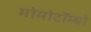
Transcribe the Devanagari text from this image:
मोमोटॉम्बो